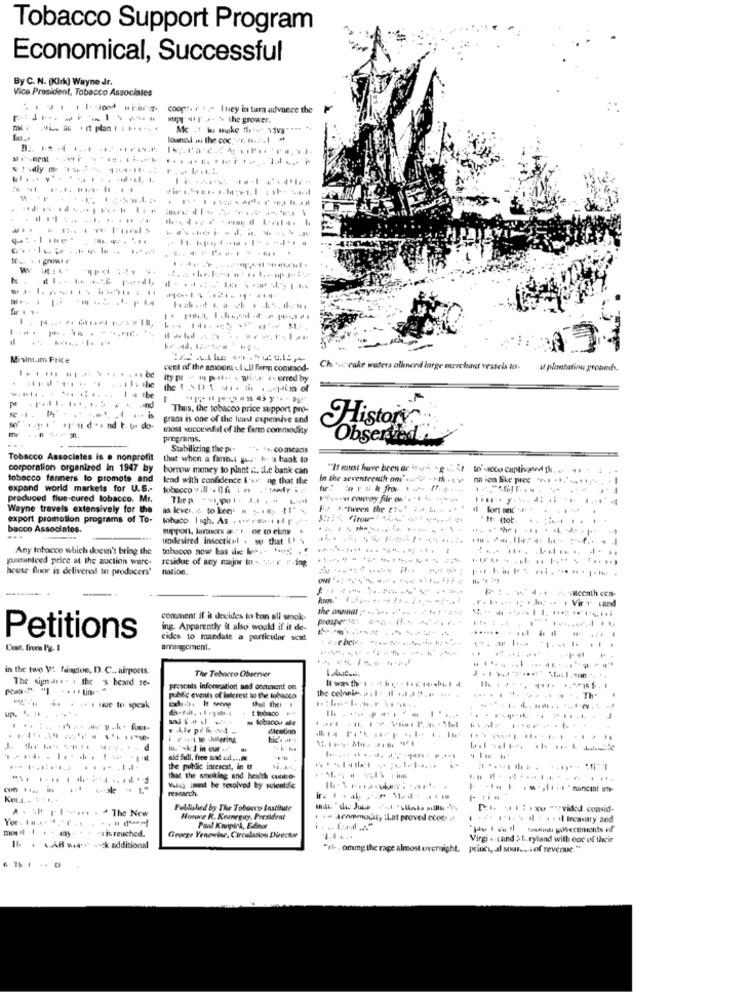
Tobacco Support Program
Economical, Successful
By C. N. (Kirk) Wayne Jr.
Vice President, Tobacco Associales
........
coopn ( $ Itey in turn advance the
T 411 - > the grower.
loune ws the coc, 2, 1.2.1
---------
..................
..............
= =
. .
Mivlm.Im Price
veel of the amount el ;Ufarm commod-
Ch .. c rake waters allowed large merchant vessels to.
a plantation grounds.
ity pr - in pil- . wise is erred by
1 4 .be
and
... is
Thus, the tobacco price support pro-
gram is one of the least expensive and
ipn das nd t. u do-
most successful of the farm commodity
History
programs.
Observedti
Stabilizing the pl .
Tobacco Associates is a nonprofit
that when a fanb.t gus- h- as baak to
corporation organized in 1947 by
bomow money to plant it. Le bank can
"It must have been ar inned, g . 5 to cou captivated th. .. .. . $
tobacco farmers lo promote and
lend with confidence &or ng that the
na ion Ske prec " .. ... ....
expand world markets for U.S .-
tobacco vill . If : n .- tedri?
produced flue-cured tobacco. Mr.
Thep -vipl. J .--
Wayne travels extensively for the
as keves. & to keep . . ", "1"-
E2 1"tween the :. .... .. . . ..
export promotion programs of To-
. fr: (tot.
.. ...
bacco Associates.
support, Junkers # 1 de to elins
undesired Insecticel . so that I'
Any tobacco which doesn't bring the
tobacco now has ie lee .. . ..
postunteed price at the auction warc-
residue of any major In - 2 .- r -ing
-----------
house fluor is delivered to producers'
nation.
comment if it decides to ban all smok-
ing. Apparently it also would if it de-
......
Petitions
cies to mandate a particular scat
Cost. from Pg. 1
arrangement.
41.
in the two W: fanglos, D. C ., airports.
The Tobacco Observer
The signalis . : the '$ heard se-
proscats information and comment on
public events of interest so the tobacco
thedl thei
the colonie. . : 1- Il .. $3,p ....
. .. Th-
. I tobaco
ma Sobacos de
. Alv prů- -
dication
in. "Ak'] in our -
aid full, free and uul ...
.........
the public interest, in ut
that the smoking and health cuilto-
-- -
Vlaj zweit be resolved by solentifie
research.
KOLL. . ....
- tim
AxW rims . . The New
Published by The Tobacco Institute
Hovoce R. Kernegay, President
Pant Kenpirk, Editor
miisreached.
Groege Yenowine, Circulation Director
1.4 ...
Virgi .- Land >1 .. ryland with ooc of their
Il . AB -sk additional
"it- . oming the rage almost oversight, princi, al sout- of revenue."